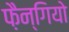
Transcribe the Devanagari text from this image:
फ़ैन्गियो